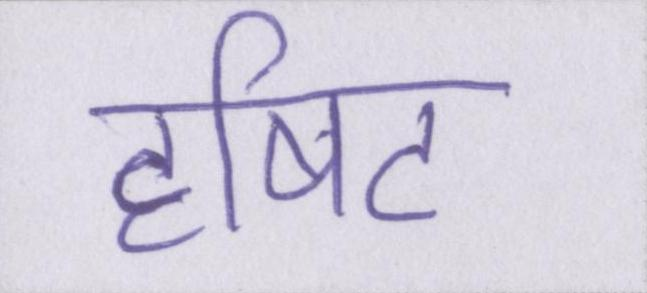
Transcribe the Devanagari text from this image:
दृषिट